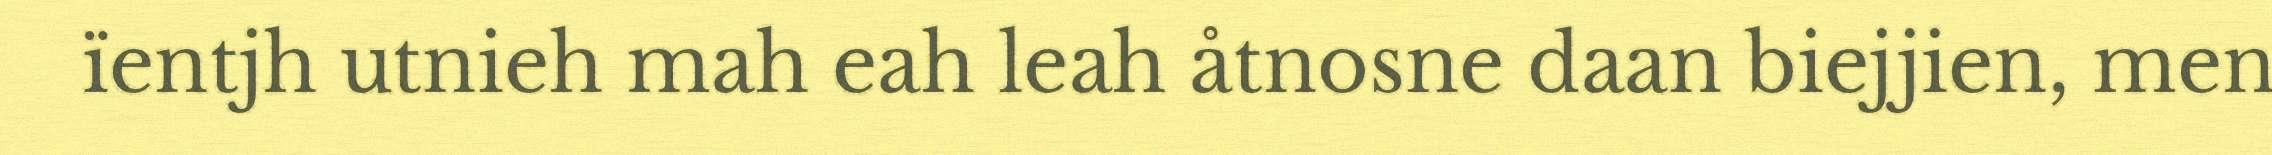
ïentjh utnieh mah eah leah åtnosne daan biejjien, men